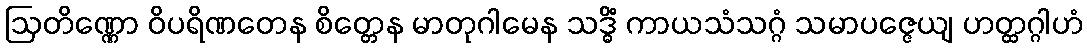
ဩတိဏ္ဏော ဝိပရိဏတေန စိတ္တေန မာတုဂါမေန သဒ္ဓိံ ကာယသံသဂ္ဂံ သမာပဇ္ဇေယျ ဟတ္ထဂ္ဂါဟံ